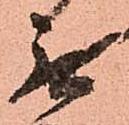
無